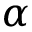
\alpha